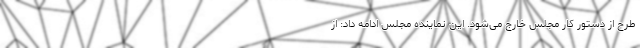
طرح از دستور کار مجلس خارج می‌شود. این نماینده مجلس ادامه داد: از